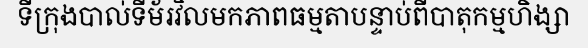
ទីក្រុងបាល់ទីម័រវិលមកភាពធម្មតាបន្ទាប់ពីបាតុកម្មហិង្សា